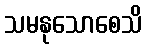
သမနုသောစေသိ